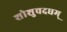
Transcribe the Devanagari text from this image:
शोशुचदघम्